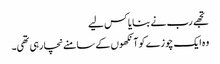
تجھے رب نے بنایا کس لیے
وہ ایک چوزے کو آنکھوں کے سامنے نچا رہی تھی۔